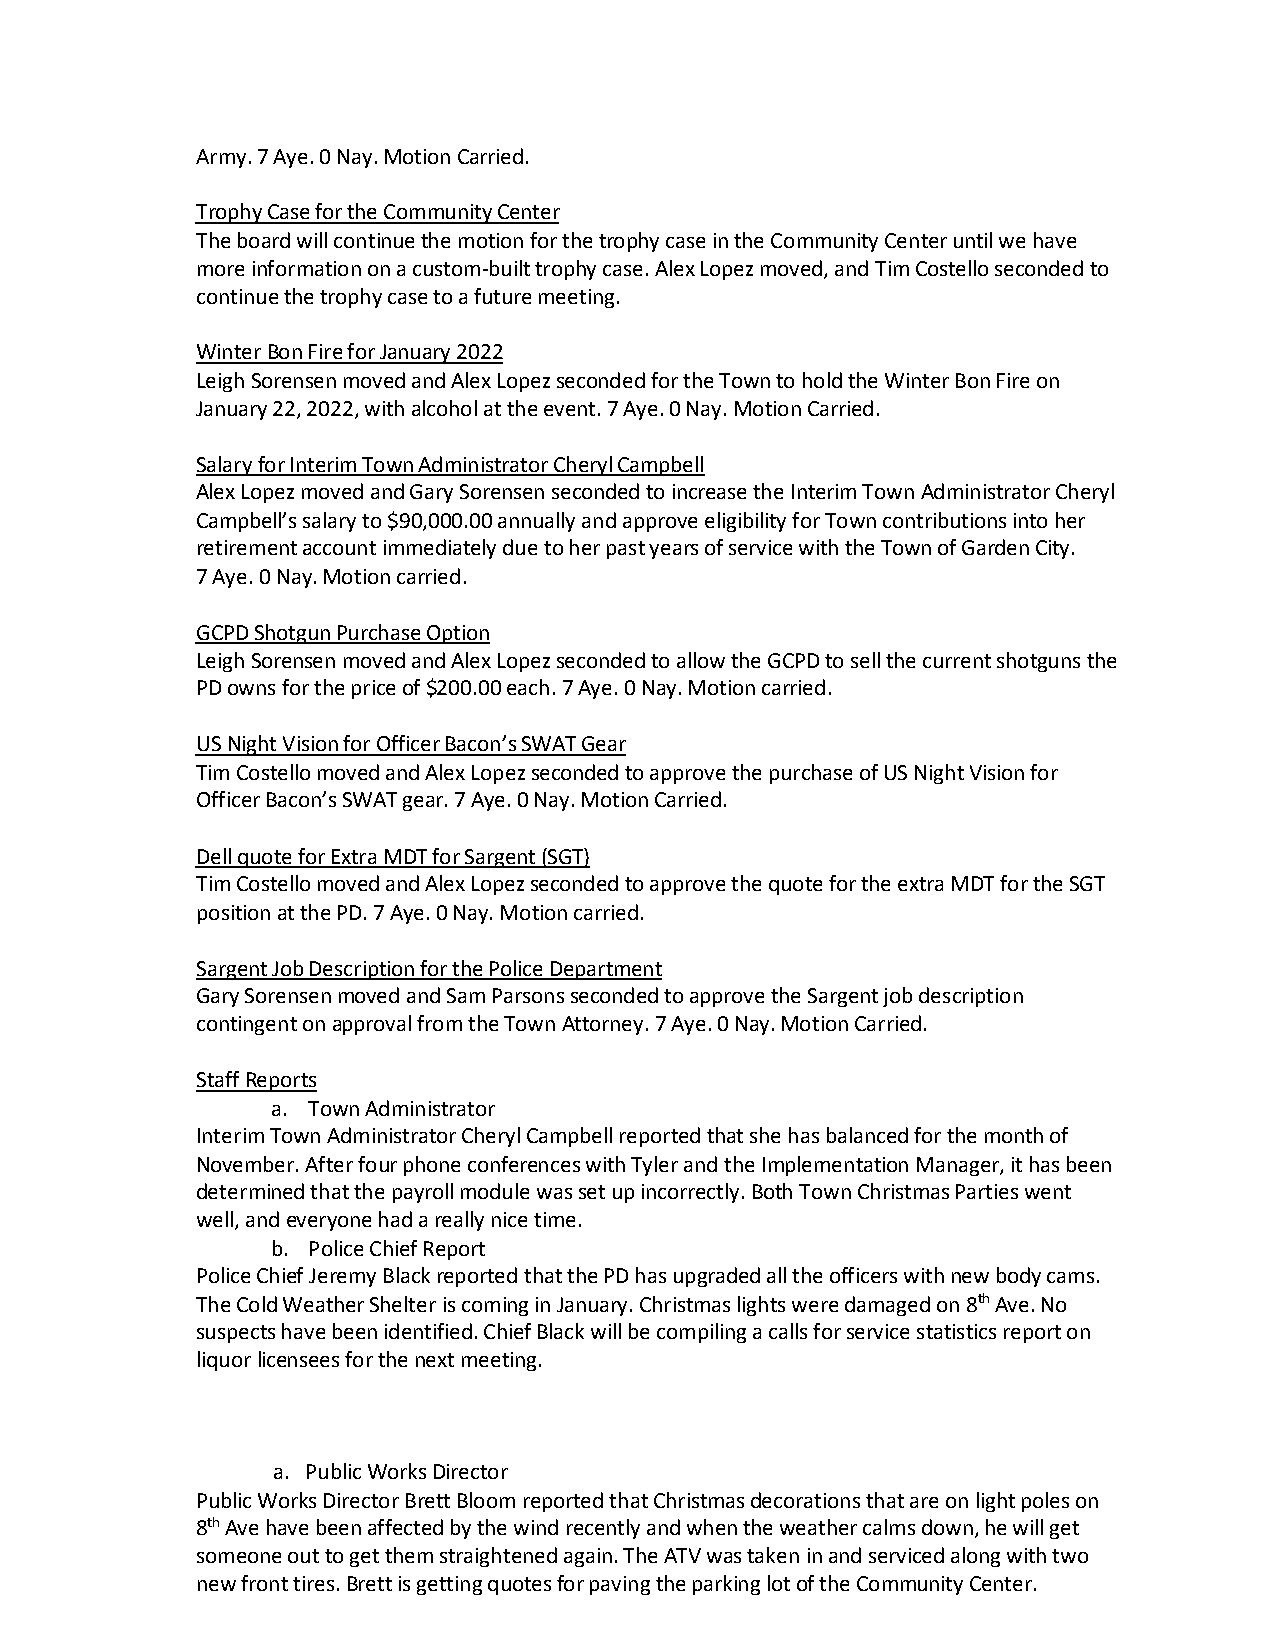
Army. 7 Aye. 0 Nay. Motion Carried.
 Trophy Case for the Community Center
 The board will continue the motion for the trophy case in the Community Center until we have
 more information on a custom-built trophy case. Alex Lopez moved, and Tim Costello seconded to
 continue the trophy case to a future meeting.
 Winter Bon Fire for January 2022
 Leigh Sorensen moved and Alex Lopez seconded for the Town to hold the Winter Bon Fire on
 January 22, 2022, with alcohol at the event. 7 Aye. 0 Nay. Motion Carried.
 Salary for Interim Town Administrator Cheryl Campbell
 Alex Lopez moved and Gary Sorensen seconded to increase the Interim Town Administrator Cheryl
 Campbell’s salary to $90,000.00 annually and approve eligibility for Town contributions into her
 retirement account immediately due to her past years of service with the Town of Garden City.
 7 Aye. 0 Nay. Motion carried.
 GCPD Shotgun Purchase Option
 Leigh Sorensen moved and Alex Lopez seconded to allow the GCPD to sell the current shotguns the
 PD owns for the price of $200.00 each. 7 Aye. 0 Nay. Motion carried.
 US Night Vision for Officer Bacon’s SWAT Gear
 Tim Costello moved and Alex Lopez seconded to approve the purchase of US Night Vision for
 Officer Bacon’s SWAT gear. 7 Aye. 0 Nay. Motion Carried.
 Dell quote for Extra MDT for Sargent (SGT)
 Tim Costello moved and Alex Lopez seconded to approve the quote for the extra MDT for the SGT
 position at the PD. 7 Aye. 0 Nay. Motion carried.
 Sargent Job Description for the Police Department
 Gary Sorensen moved and Sam Parsons seconded to approve the Sargent job description
 contingent on approval from the Town Attorney. 7 Aye. 0 Nay. Motion Carried.
 Staff Reports
 a. Town Administrator
 Interim Town Administrator Cheryl Campbell reported that she has balanced for the month of
 November. After four phone conferences with Tyler and the Implementation Manager, it has been
 determined that the payroll module was set up incorrectly. Both Town Christmas Parties went
 well, and everyone had a really nice time.
 b. Police Chief Report
 Police Chief Jeremy Black reported that the PD has upgraded all the officers with new body cams.
 The Cold Weather Shelter is coming in January. Christmas lights were damaged on 8th Ave. No
 suspects have been identified. Chief Black will be compiling a calls for service statistics report on
 liquor licensees for the next meeting.
 a. Public Works Director
 Public Works Director Brett Bloom reported that Christmas decorations that are on light poles on
 8th Ave have been affected by the wind recently and when the weather calms down, he will get
 someone out to get them straightened again. The ATV was taken in and serviced along with two
 new front tires. Brett is getting quotes for paving the parking lot of the Community Center.